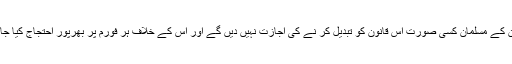
پاکستان کے مسلمان کسی صورت اس قانون کو تبدیل کر نے کی اجازت نہیں دیں گے اور اس کے خلاف ہر فورم پر بھرپور احتجاج کیا جائے گا۔